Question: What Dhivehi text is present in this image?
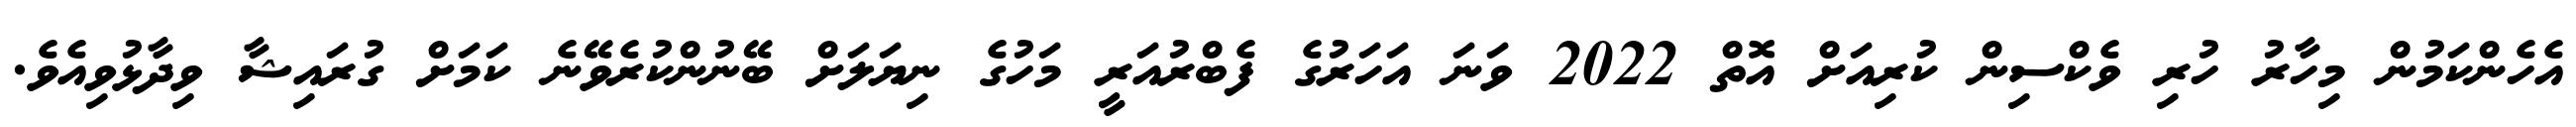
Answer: އެހެންކަމުން މިހާރު ހުރި ވެކްސިން ކުރިއަށް އޮތް 2022 ވަނަ އަހަރުގެ ފެބްރުއަރީ މަހުގެ ނިޔަލަށް ބޭނުންކުރެވޭނެ ކަމަށް ގުރައިޝާ ވިދާޅުވިއެވެ.